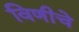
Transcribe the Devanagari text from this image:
विणीचे